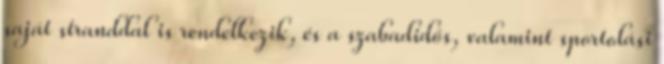
saját stranddal is rendelkezik, és a szabadidős, valamint sportolási